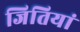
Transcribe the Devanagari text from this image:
जितियां